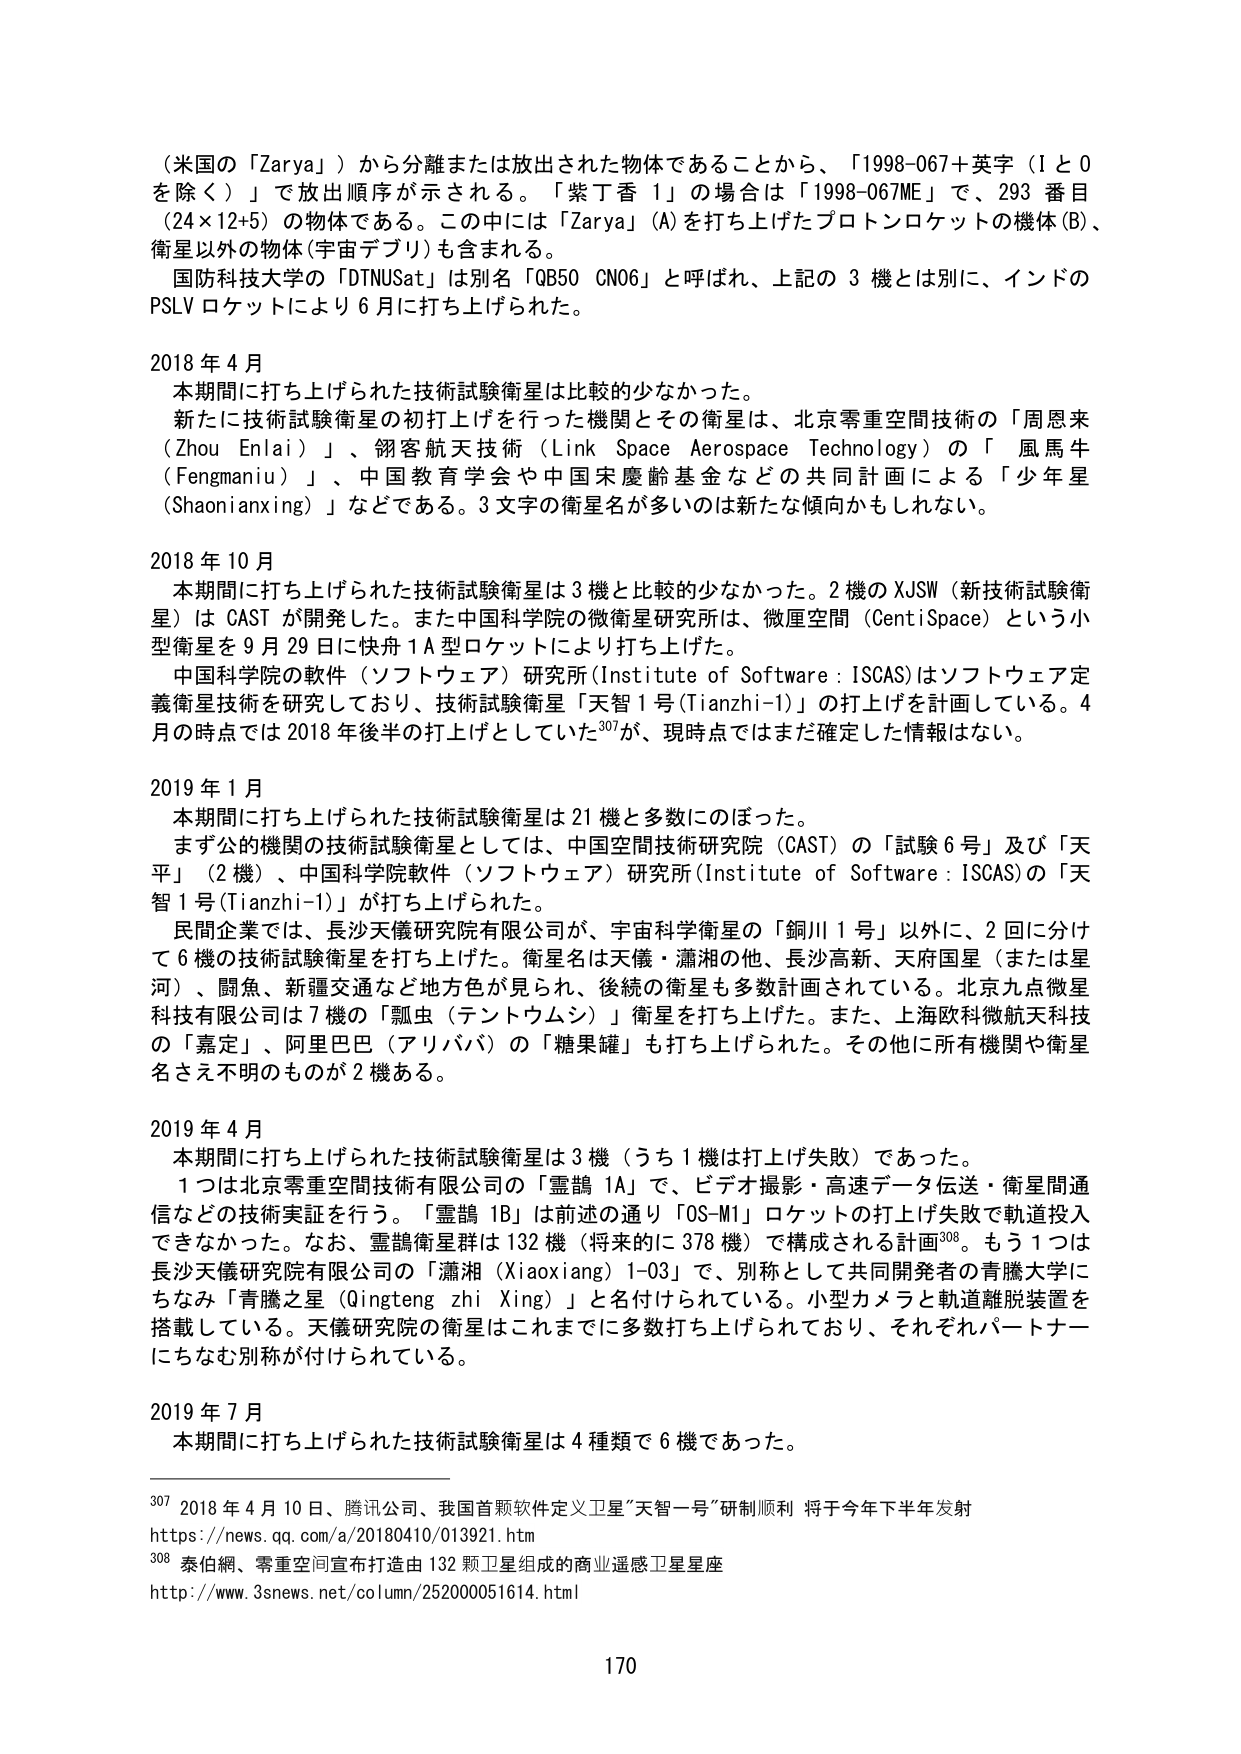
（米国の「Zarya」）から分離または放出された物体であることから、「1998-067＋英字（Iと0を除く）」で放出順序が示される。「紫丁香 1」の場合は「1998-067ME」で、293番目（24×12+5）の物体である。この中には「Zarya」(A)を打ち上げたプロトンロケットの機体(B)、衛星以外の物体(宇宙デブリ)も含まれる。

国防科技大学の「DTNUSat」は別名「QB50 CN06」と呼ばれ、上記の3機とは別に、インドのPSLVロケットにより6月に打ち上げられた。

2018年4月
本期間に打ち上げられた技術試験衛星は比較的少なかった。
新たに技術試験衛星の初打上げを行った機関とその衛星は、北京零重空間技術の「周恩来（Zhou Enlai）」、翎客航天技術（Link Space Aerospace Technology）の「風馬牛（Fengmaniu）」、中国教育学会や中国宋慶齡基金などの共同計画による「少年星（Shaonianxing）」などである。3文字の衛星名が多いのは新たな傾向かもしれない。

2018年10月
本期間に打ち上げられた技術試験衛星は3機と比較的少なかった。2機のXJSW（新技術試験衛星）はCASTが開発した。また中国科学院の微衛星研究所は、微厘空間（CentiSpace）という小型衛星を9月29日に快舟1A型ロケットにより打ち上げた。
中国科学院の軟件（ソフトウェア）研究所（Institute of Software : ISCAS）はソフトウェア定義衛星技術を研究しており、技術試験衛星「天智1号（Tianzhi-1）」の打上げを計画している。4月の時点では2018年後半の打上げとしていた307が、現時点ではまだ確定した情報はない。

2019年1月
本期間に打ち上げられた技術試験衛星は21機と多数にのぼった。
まず公的機関の技術試験衛星としては、中国空間技術研究院（CAST）の「試験6号」及び「天平」（2機）、中国科学院軟件（ソフトウェア）研究所（Institute of Software : ISCAS）の「天智1号（Tianzhi-1）」が打ち上げられた。
民間企業では、長沙天儀研究院有限公司が、宇宙科学衛星の「銅川1号」以外に、2回に分けて6機の技術試験衛星を打ち上げた。衛星名は天儀・瀟湘の他、長沙高新、天府国星（または星河）、闘騰交通など地方色が見られ、後続の衛星も多数計画されている。北京九点微星科技有限公司は7機の「瓢虫（テントウムシ）」衛星を打ち上げた。また、上海欧科微航天科技の「嘉定」、阿里巴巴（アリババ）の「糖果罐」も打ち上げられた。その他に所有機関や衛星名さえ不明のものが2機ある。

2019年4月
本期間に打ち上げられた技術試験衛星は3機（うち1機は打上げ失敗）であった。
1つは北京零重空間技術有限公司の「靈鵲 1A」で、ビデオ撮影・高速データ伝送・衛星間通信などの技術実証を行う。「靈鵲 1B」は前述の通り「OS-M1」ロケットの打上げ失敗で軌道投入できなかった。なお、靈鵲衛星群は132機（将来的に378機）で構成される計画308。もう1つは長沙天儀研究院有限公司の「瀟湘（Xiaoxiang）1-03」で、別称として共同開発者の青騰大学にちなみ「青騰之星（Qingteng zhi Xing）」と名付けられている。小型カメラと軌道離脱装置を搭載している。天儀研究院の衛星はこれまでに多数打ち上げられており、それぞれパートナーにちなむ別称が付けられている。

2019年7月
本期間に打ち上げられた技術試験衛星は4種類で6機であった。

307 2018年4月10日、腾讯公司、我国首颗软件定义卫星“天智一号”研制顺利 将于今年下半年发射
https://news.qq.com/a/20180410/013921.htm
308 泰伯網、零重空间宣布打造由132颗卫星组成的商业遥感卫星星座
http://www.3snews.net/column/252000051614.html

170